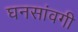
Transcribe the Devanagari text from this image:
घनसांवगी